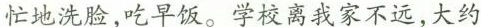
忙地洗脸，吃早饭。学校离我家不远，大约